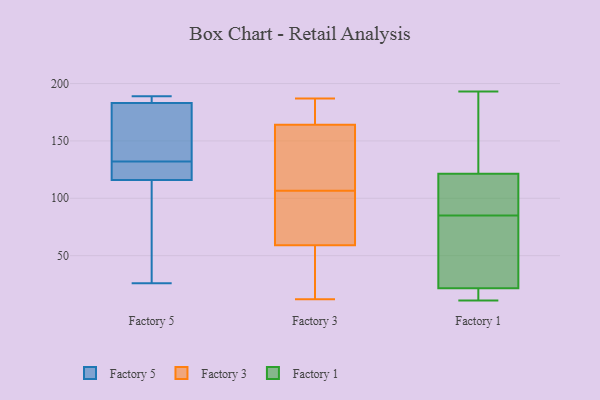
{"axis": {"x": "Backlog", "y": "Value"}, "legend": ["Factory 1", "Factory 3", "Factory 5"], "data": [{"x": "", "y": 118, "type": "Factory 5"}, {"x": "", "y": 136, "type": "Factory 5"}, {"x": "", "y": 186, "type": "Factory 5"}, {"x": "", "y": 183, "type": "Factory 5"}, {"x": "", "y": 128, "type": "Factory 5"}, {"x": "", "y": 140, "type": "Factory 5"}, {"x": "", "y": 189, "type": "Factory 5"}, {"x": "", "y": 116, "type": "Factory 5"}, {"x": "", "y": 26, "type": "Factory 5"}, {"x": "", "y": 70, "type": "Factory 5"}, {"x": "", "y": 65, "type": "Factory 3"}, {"x": "", "y": 185, "type": "Factory 3"}, {"x": "", "y": 52, "type": "Factory 3"}, {"x": "", "y": 38, "type": "Factory 3"}, {"x": "", "y": 134, "type": "Factory 3"}, {"x": "", "y": 166, "type": "Factory 3"}, {"x": "", "y": 50, "type": "Factory 3"}, {"x": "", "y": 122, "type": "Factory 3"}, {"x": "", "y": 146, "type": "Factory 3"}, {"x": "", "y": 59, "type": "Factory 3"}, {"x": "", "y": 64, "type": "Factory 3"}, {"x": "", "y": 76, "type": "Factory 3"}, {"x": "", "y": 12, "type": "Factory 3"}, {"x": "", "y": 117, "type": "Factory 3"}, {"x": "", "y": 181, "type": "Factory 3"}, {"x": "", "y": 187, "type": "Factory 3"}, {"x": "", "y": 96, "type": "Factory 3"}, {"x": "", "y": 164, "type": "Factory 3"}, {"x": "", "y": 190, "type": "Factory 1"}, {"x": "", "y": 14, "type": "Factory 1"}, {"x": "", "y": 193, "type": "Factory 1"}, {"x": "", "y": 117, "type": "Factory 1"}, {"x": "", "y": 19, "type": "Factory 1"}, {"x": "", "y": 85, "type": "Factory 1"}, {"x": "", "y": 29, "type": "Factory 1"}, {"x": "", "y": 122, "type": "Factory 1"}, {"x": "", "y": 188, "type": "Factory 1"}, {"x": "", "y": 163, "type": "Factory 1"}, {"x": "", "y": 46, "type": "Factory 1"}, {"x": "", "y": 16, "type": "Factory 1"}, {"x": "", "y": 120, "type": "Factory 1"}, {"x": "", "y": 85, "type": "Factory 1"}, {"x": "", "y": 11, "type": "Factory 1"}, {"x": "", "y": 40, "type": "Factory 1"}, {"x": "", "y": 14, "type": "Factory 1"}, {"x": "", "y": 53, "type": "Factory 1"}, {"x": "", "y": 96, "type": "Factory 1"}]}